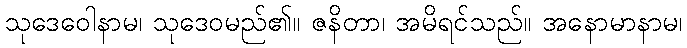
သုဒေဝေါနာမ၊ သုဒေဝမည်၏။ ဇနိတာ၊ အမိရင်သည်။ အနောမာနာမ၊